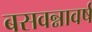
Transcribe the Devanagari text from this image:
बसवन्नावर्ष